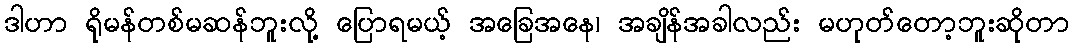
ဒါဟာ ရိုမန်တစ်မဆန်ဘူးလို့ ပြောရမယ့် အခြေအနေ၊ အချိန်အခါလည်း မဟုတ်တော့ဘူးဆိုတာ